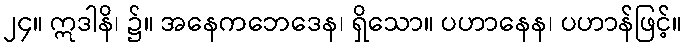
၂၄။ ဣဒါနိ၊ ၌။ အနေကဘေဒေန၊ ရှိသော။ ပဟာနေန၊ ပဟာန်ဖြင့်။